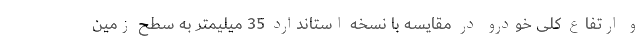
و ارتفاع کلی خودرو در مقایسه با نسخه استاندارد 35 میلیمتر به سطح زمین